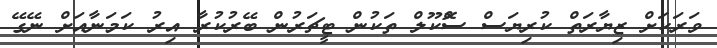
ވަރަކަށް ޒިޔާރަތް ކުރިޔަސް ސްޮކޫލް ތަކުން ޓީޗަރުން ބޭރުކުރާ އިރު ކަމަނާއަށް ނޭގޭ